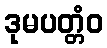
ဒုမပတ္တံဝ